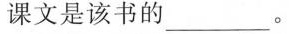
课文是该书的____。